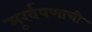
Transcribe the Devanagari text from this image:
मूर्खपणाची